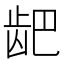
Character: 𫜨